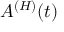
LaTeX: A ^ { ( H ) } ( t )